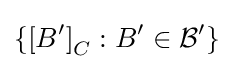
\left\{\left[B^{\prime }\right]_{C}:B^{\prime }\in {\mathcal {B}}^{\prime }\right\}